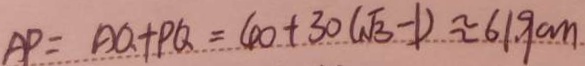
A P = A Q + P Q = 4 0 + 3 0 ( \sqrt { 3 } - 1 ) \approx 6 1 9 c m